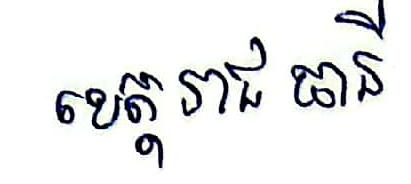
ខេត្តរាជធានី